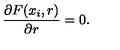
{ \frac { \partial F ( x _ { i } , r ) } { \partial r } } = 0 .